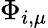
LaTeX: \Phi_{i,\mu}